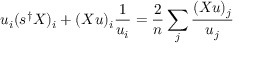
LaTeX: u _ { i } ( s ^ { \dagger } X ) _ { i } + ( X u ) _ { i } \frac { 1 } { u _ { i } } = \frac { 2 } { n } \sum _ { j } \frac { ( X u ) _ { j } } { u _ { j } }